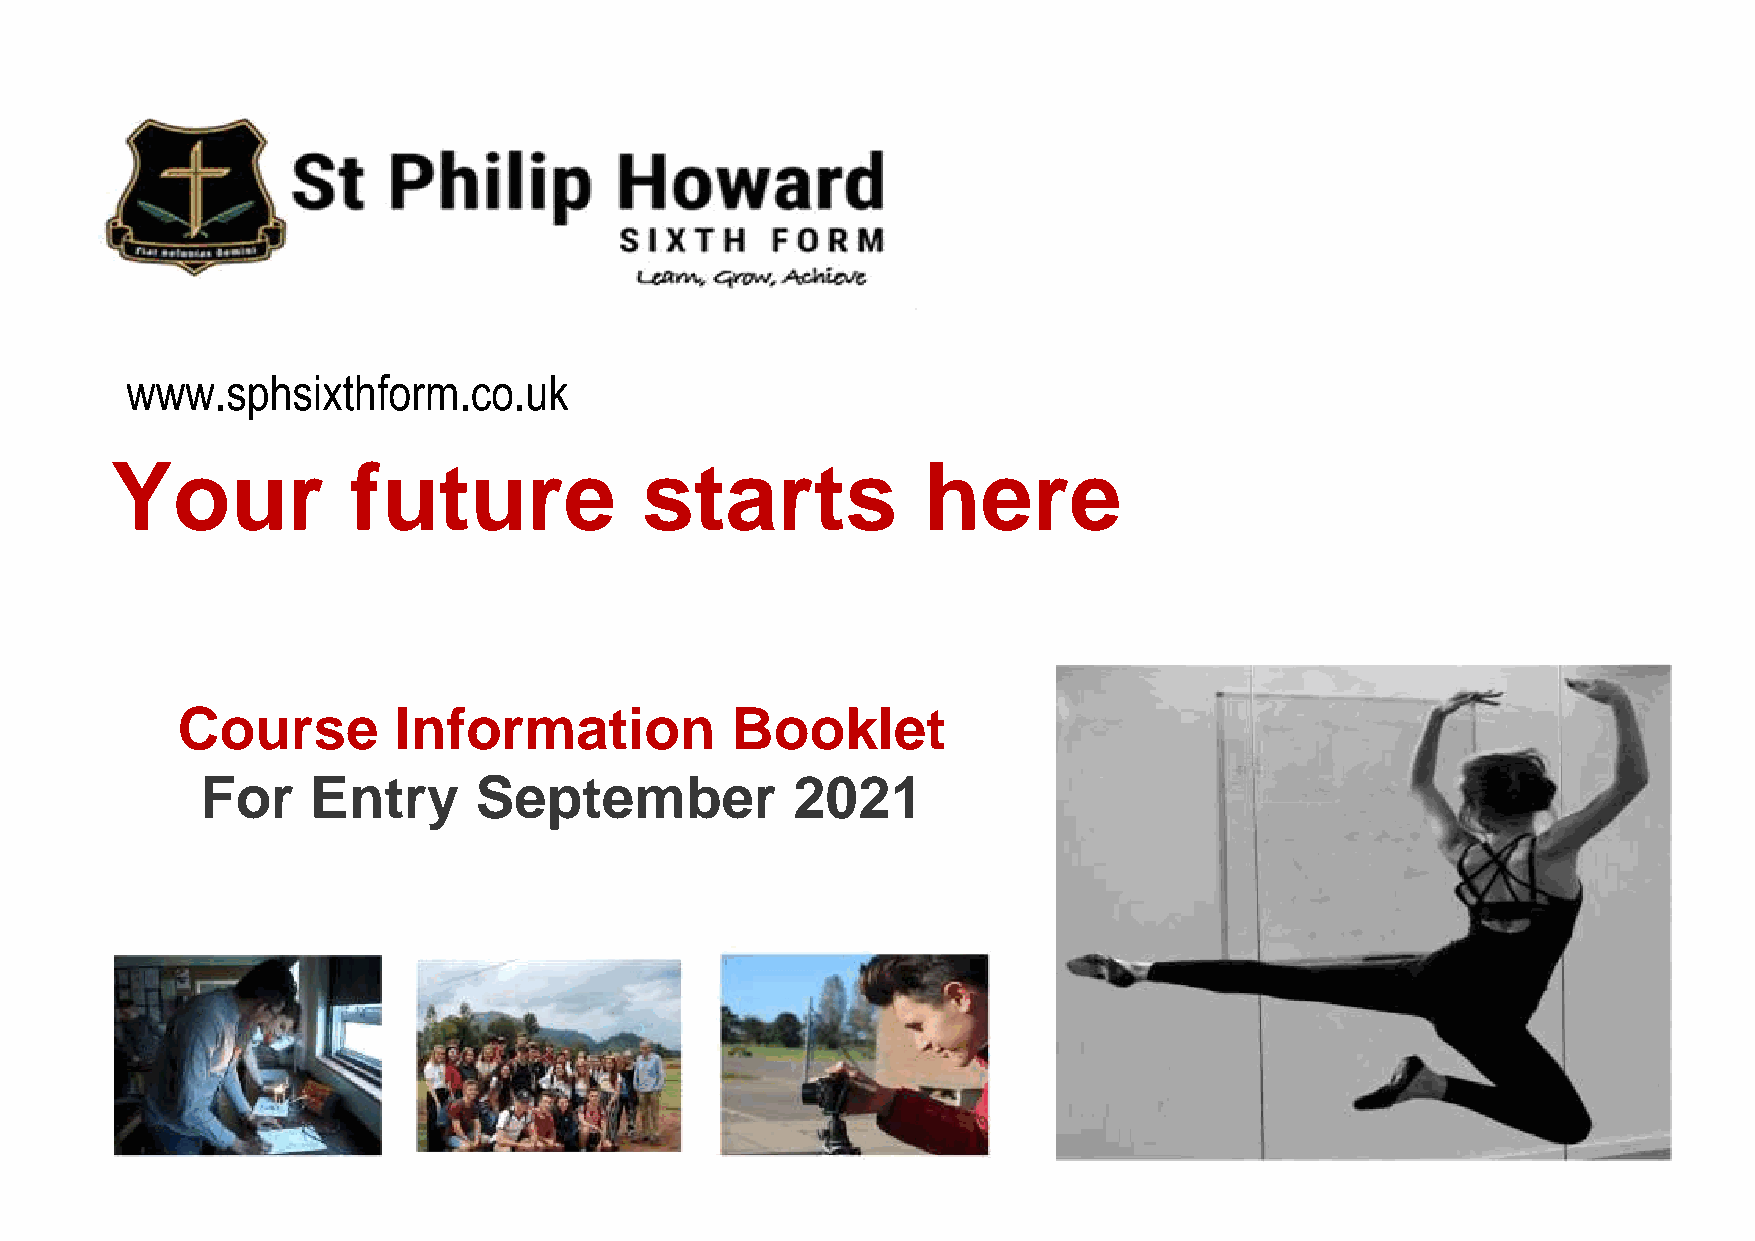
www.sphsixthform.co.uk
 Your            future             starts             here
 Course        Information           Booklet
 For     Entry     September            2021